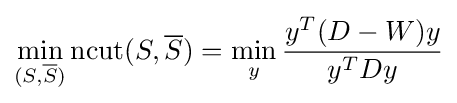
\min \limits _{(S,{\overline {S}})}\operatorname {ncut} (S,{\overline {S}})=\min \limits _{y}{\frac {y^{T}(D-W)y}{y^{T}Dy}}